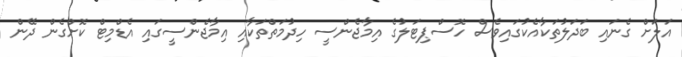
އަލަށް ގެނައި ބަދަލުތަކާއެކުގައިވެސް ހޮސްޕިޓަލުގެ އިމާޖެންސީ ހިދުމަތްތަކާއި އިމާޖެންސީގައި އެޑްމިޓް ކޮށްގެން ދޭން